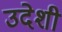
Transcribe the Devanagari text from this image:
उदेशी